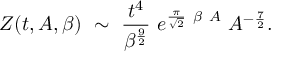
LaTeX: { \cal Z } ( t , A , \beta ) ~ \sim ~ { \frac { t ^ { 4 } } { \beta ^ { \frac { 9 } { 2 } } } } ~ e ^ { { \frac { \pi } { \sqrt { 2 } } } ~ \beta ~ A } ~ A ^ { - { \frac { 7 } { 2 } } } .